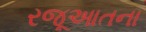
રજૂઆતના